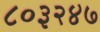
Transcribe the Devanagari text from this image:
८०३२४७